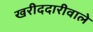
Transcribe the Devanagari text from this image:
खरीददारीवाले